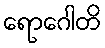
ရောဂေါတိ